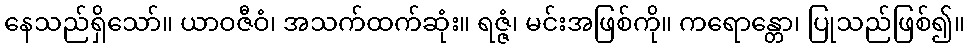
နေသည်ရှိသော်။ ယာဝဇီဝံ၊ အသက်ထက်ဆုံး။ ရဇ္ဇံ၊ မင်းအဖြစ်ကို။ ကရောန္တော၊ ပြုသည်ဖြစ်၍။